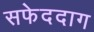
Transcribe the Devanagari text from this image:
सफेददाग